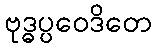
ဗုဒ္ဓပ္ပဝေဒိတေ